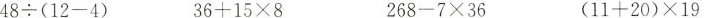
48÷(12-4) 36+15×8 268-7×36 (11+20)×19